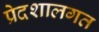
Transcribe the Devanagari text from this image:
प्रेदशालगत